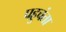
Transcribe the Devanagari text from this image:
पहुचंता